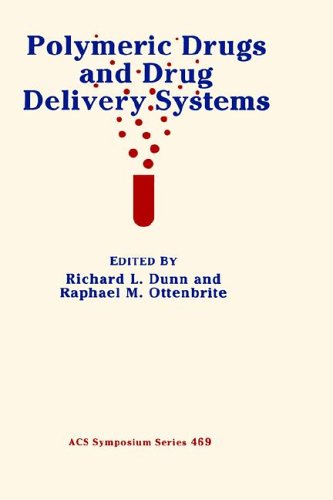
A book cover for Polymeric Drugs and Drug Delivery Systems (ACS Symposium Series); Medical Books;